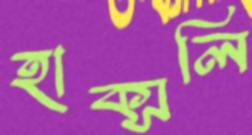
হাক্সলি